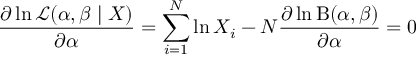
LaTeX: { \frac { \partial \ln { \mathcal { L } } ( \alpha , \beta \mid X ) } { \partial \alpha } } = \sum _ { i = 1 } ^ { N } \ln X _ { i } - N { \frac { \partial \ln \mathrm { B } ( \alpha , \beta ) } { \partial \alpha } } = 0